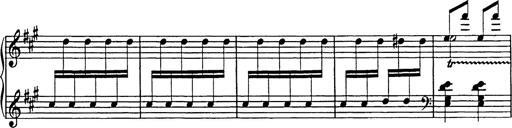
Title: Galop in A minor
Composer: Franz Liszt
Key: A minor